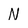
Character: N